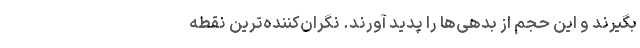
بگیرند و این حجم از بدهی‌ها را پدید آورند. نگران‌کننده‌ترین نقطه